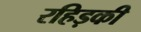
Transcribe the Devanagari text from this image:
रहिड़की